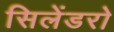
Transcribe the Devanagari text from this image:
सिलेंडरो